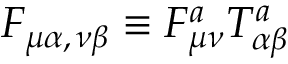
F _ { \mu \alpha , \, \nu \beta } \equiv F _ { \mu \nu } ^ { a } T _ { \alpha \beta } ^ { a }